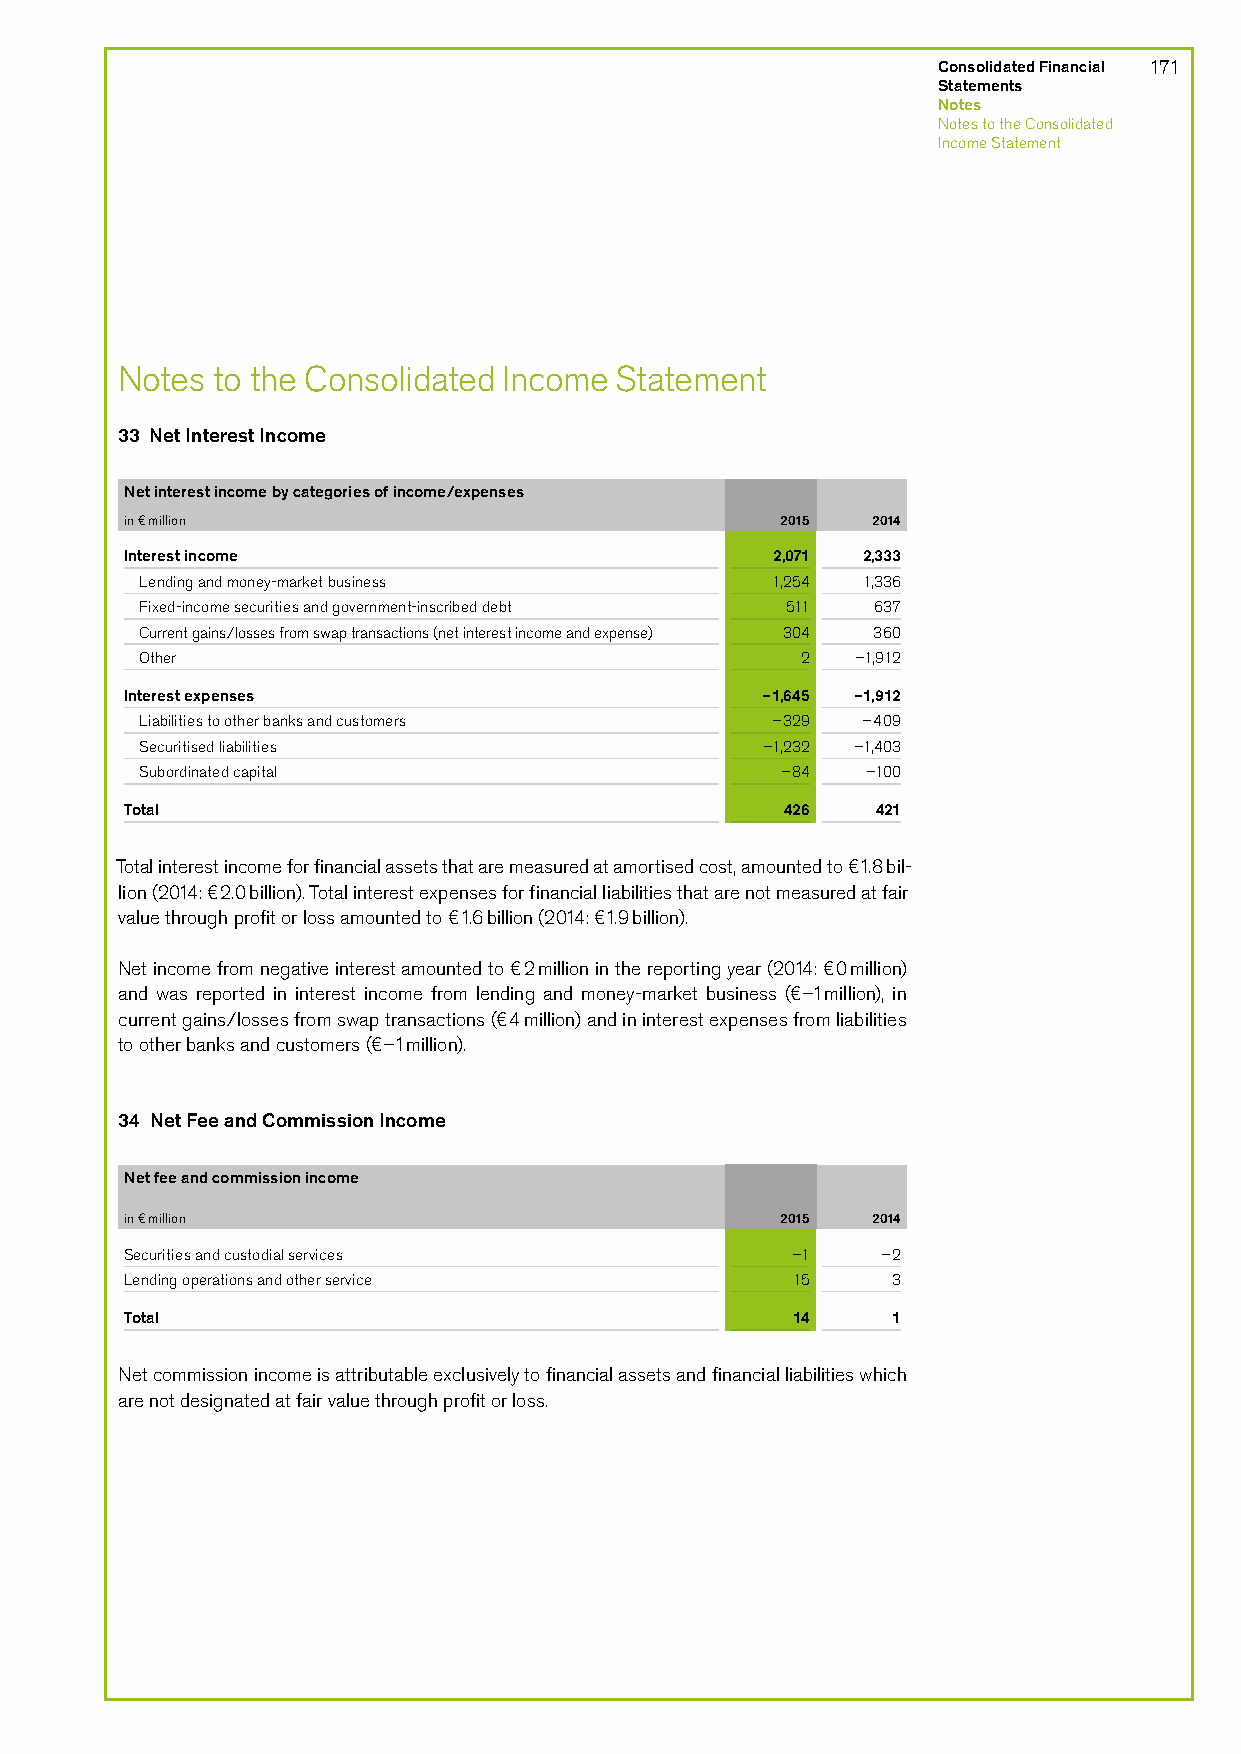
Consolidated Financial 171
 Statements
 Notes
 Notes to the Consolidated
 Income Statement
 Notes to the Consolidated Income Statement
 33 Net Interest Income
 Net interest income by categories of income/expenses
 in € million                                2015  2014
 Interest income                            2,071 2,333
 Lending and money-market business         1,254 1,336
 Fixed-income securities and government-inscribed debt 511 637
 Current gains/losses from swap transactions (net interest income and expense) 304 360
 Other                                       2   –1,912
 Interest expenses                         –1,645 –1,912
 Liabilities to other banks and customers  –329  –409
 Securitised liabilities                  –1,232 –1,403
 Subordinated capital                       –84  –100
 Total                                       426   421
 Total interest income for financial assets that are measured at amortised cost, amounted to €1.8 bil-
 lion (2014: €2.0 billion). Total interest expenses for financial liabilities that are not measured at fair
 value through profit or loss amounted to €1.6 billion (2014: €1.9 billion).
 Net income from negative interest amounted to €2 million in the reporting year (2014: €0 million)
 and was reported in interest income from lending and money-market business (€–1 million), in
 current gains/losses from swap transactions (€4 million) and in interest expenses from liabilities
 to other banks and customers (€–1 million).
 34 Net Fee and Commission Income
 Net fee and commission income
 in € million                                2015  2014
 Securities and custodial services           –1    –2
 Lending operations and other service        15     3
 Total                                       14     1
 Net commission income is attributable exclusively to financial assets and financial liabilities which
 are not designated at fair value through profit or loss.